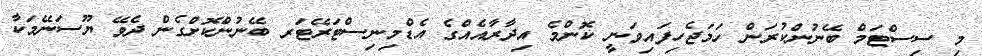
މި ސިސްޓަމް ބޭނުންކުރަން ހަމަޖެހިފައިވަނީ ކޮންމެ އިދާރާއެއްގެ އެޑްމިނިސްޓަރޭޓަރ ބޭނުންކޮށްގެން ދެވޭ ޔޫސަނޭމަކާ